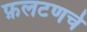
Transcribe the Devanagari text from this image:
फ़लटणचे